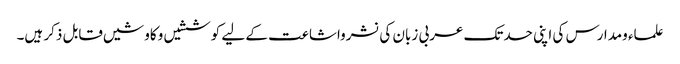
علماء ومدارس کی اپنی حدتک عربی زبان کی نشرواشاعت کے لیے کوششیں وکاوشیں قابل ذکر ہیں۔